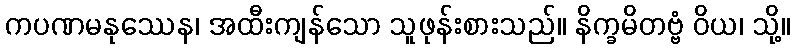
ကပဏမနုဿေန၊ အထီးကျန်သော သူဖုန်းစားသည်။ နိက္ခမိတဗ္ဗံ ဝိယ၊ သို့။